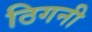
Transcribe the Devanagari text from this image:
ठिगनी